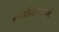
નવલિકાઓ